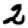
Digit: 2